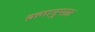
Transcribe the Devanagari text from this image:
क्रमानुपात